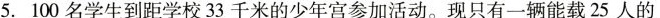
5.100名学生到距学校33千米的少年宫参加活动。现只有一辆能载25人的汽车，